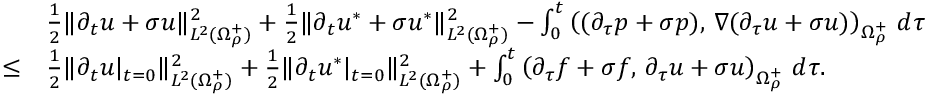
\begin{array} { r } { \begin{array} { r l } & { \frac { 1 } { 2 } \| \partial _ { t } u + \sigma u \| _ { L ^ { 2 } ( \Omega _ { \rho } ^ { + } ) } ^ { 2 } + \frac { 1 } { 2 } \| \partial _ { t } u ^ { * } + \sigma u ^ { * } \| _ { L ^ { 2 } ( \Omega _ { \rho } ^ { + } ) } ^ { 2 } - \int _ { 0 } ^ { t } \left( ( \partial _ { \tau } p + \sigma p ) , \, \nabla ( \partial _ { \tau } u + \sigma u ) \right) _ { \Omega _ { \rho } ^ { + } } \, d \tau } \\ { \leq } & { \frac { 1 } { 2 } \| \partial _ { t } u | _ { t = 0 } \| _ { L ^ { 2 } ( \Omega _ { \rho } ^ { + } ) } ^ { 2 } + \frac { 1 } { 2 } \| \partial _ { t } u ^ { * } | _ { t = 0 } \| _ { L ^ { 2 } ( \Omega _ { \rho } ^ { + } ) } ^ { 2 } + \int _ { 0 } ^ { t } \left( \partial _ { \tau } f + \sigma f , \, \partial _ { \tau } u + \sigma u \right) _ { \Omega _ { \rho } ^ { + } } \, d \tau . } \end{array} } \end{array}